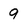
Character: 9